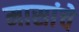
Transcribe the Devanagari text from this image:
मासांचे